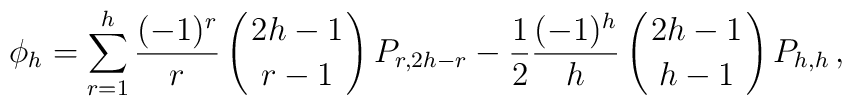
\phi_h=\sum_{r=1}^h{(-1)^r\over r}\left({2h-1\atop r-1}\right)P_{r,2h-r}-{1\over 2}{(-1)^h\over h}\left({2h-1\atop h-1}\right)P_{h,h}\,,